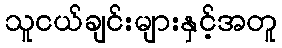
သူငယ်ချင်းများနှင့်အတူ